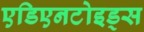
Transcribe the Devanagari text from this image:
एडिएनटोइड्स